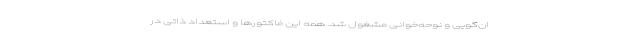
ان‌گویی و نوحه‌خوانی مشغول شد. همه این فاکتورها و استعداد ذاتی در